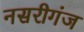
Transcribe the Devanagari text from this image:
नसरीगंज